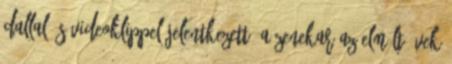
dallal és videoklippel jelentkezett. A zenekar az elmúlt évek